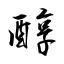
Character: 醇